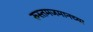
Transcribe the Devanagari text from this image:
रुस्तमजमानच्या